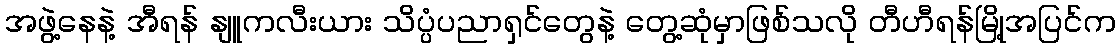
အဖွဲ့နေနဲ့ အီရန် နျူကလီးယား သိပ္ပံပညာရှင်တွေနဲ့ တွေ့ဆုံမှာဖြစ်သလို တီဟီရန်မြို့အပြင်က